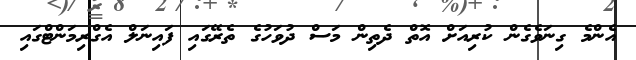
އެންމެ ގިނަވެގެން ކުރިއަށް އޮތް ދެތިން މަސް ދުވަހުގެ ތެރޭގައި ފައިނަލް އެގްރިމަންޓްގައި